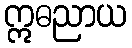
ဣဓညာယ